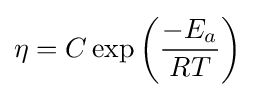
\eta =C\exp \left({\frac {-E_{a}}{RT}}\right)